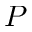
P